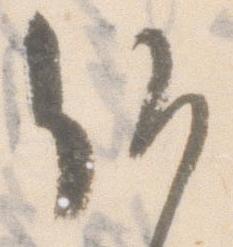
候